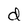
Character: d